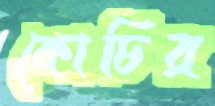
কোচির